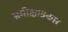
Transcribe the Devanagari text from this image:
समीक्षाप्रकार